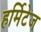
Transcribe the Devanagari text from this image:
हर्मिटेज